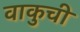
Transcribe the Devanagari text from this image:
वाकुची